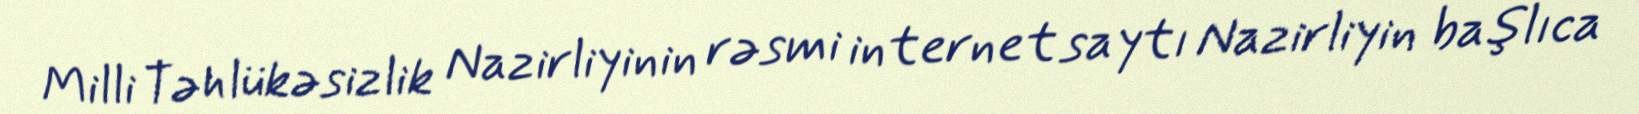
Milli Təhlükəsizlik Nazirliyinin rəsmi internet saytı Nazirliyin başlıca